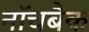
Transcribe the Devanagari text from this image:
नॉचबैक